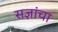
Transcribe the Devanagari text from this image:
सज्ञांचा